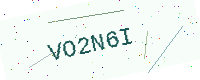
Text: VO2N6I